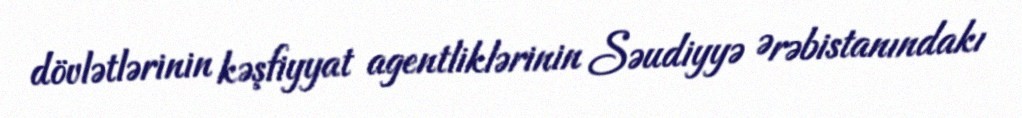
dövlətlərinin kəşfiyyat agentliklərinin Səudiyyə Ərəbistanındakı